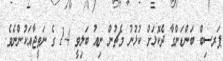
ޕަރސިބް ބަންޑަންގާ ދެކޮޅަށް ކުޅުނު މެޗުން ނިއު ބަލިވީ 4-1 ގެ ނަތީޖާއަކުންނެވެ.